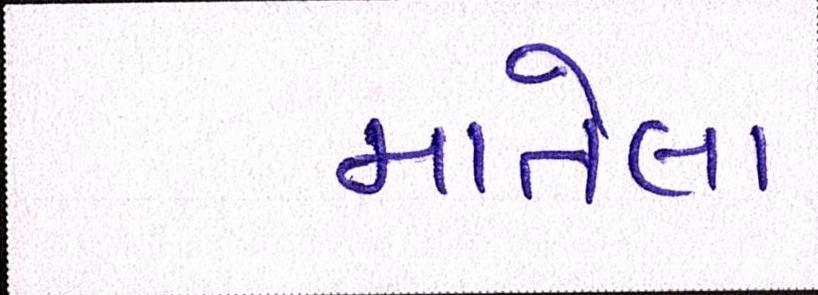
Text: માતેલા